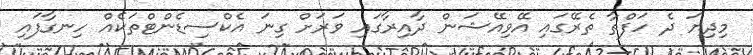
މިދިޔަ ދެ ހަފްތާ ތެރޭގައި އޭވިއޭޝަން ދާއިރާގައި ވަރަށް ގިނަ އެކްސިޑެންޓްތަކެއް ހިނގާފައި